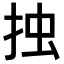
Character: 𢫼